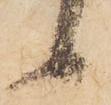
候